Indian journal of veterinary science and animal husbandry - Volume 8,
Year: 1938
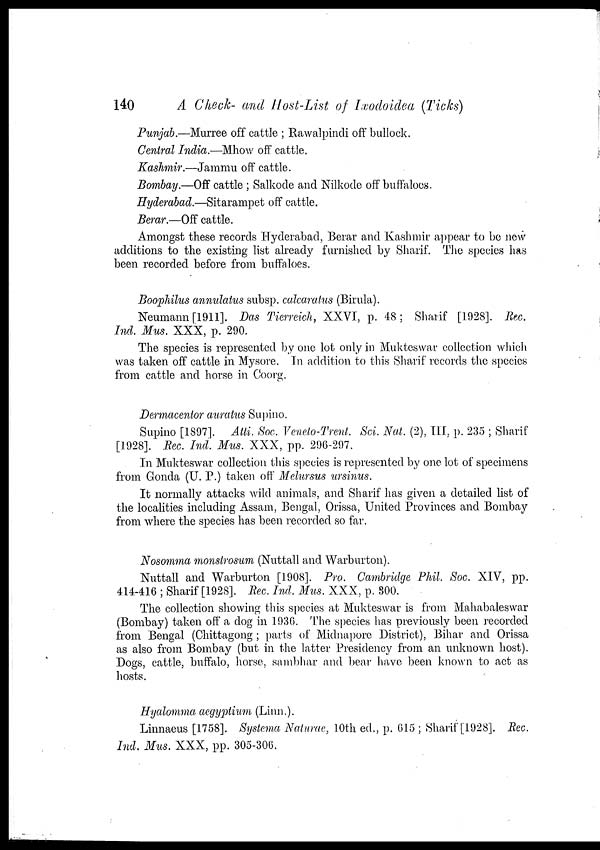
140
A Check- and Host-List of Ixodoidea (Ticks)
Punjab.—Murree off cattle ; Rawalpindi off bullock.
Central India.—Mhow off cattle.
Kashmir.—Jammu off cattle.
Bombay.—Off cattle ; Salkode and Nilkode off buffaloes.
Hyderabad.—Sitarampet off cattle.
Berar.—Off cattle.
Amongst these records Hyderabad, Berar and Kashmir appear to be new
additions to the existing list already furnished by Sharif. The species has
been recorded before from buffaloes.
Boophilus annulatus subsp. calcaratus (Birula).
Neumann [1911]. Das Tierreich, XXVI, p. 48; Sharif [1928]. Rec.
Ind. Mus. XXX, p. 290.
The species is represented by one lot only in Mukteswar collection which
was taken off cattle in Mysore. In addition to this Sharif records the species
from cattle and horse in Coorg.
Dermacentor auratus Supino.
Supino [1897]. Atti. Soc. Veneto-Trent. Sci. Nat. (2), III, p. 235 ; Sharif
[1928]. Rec. Ind. Mus. XXX, pp. 296-297.
In Mukteswar collection this species is represented by one lot of specimens
from Gonda (U. P.) taken off Melursus ursinus.
It normally attacks wild animals, and Sharif has given a detailed list of
the localities including Assam, Bengal, Orissa, United Provinces and Bombay
from where the species has been recorded so far.
Nosomma monstrosum (Nuttall and Warburton).
Nuttall and Warburton [1908]. Pro. Cambridge Phil. Soc. XIV, pp.
414-416 ; Sharif [1928]. Rec. Ind. MUS. XXX, p. 300.
The collection showing this species at Mukteswar is from Mahabaleswar
(Bombay) taken off a dog in 1936. The species has previously been recorded
from Bengal (Chittagong ; parts of Midnapore District), Bihar and Orissa
as also from Bombay (but in the latter Presidency from an unknown host).
Dogs, cattle, buffalo, horse, sambhar and bear have been known to act as
hosts.
Hyalomma aegyptium (Linn.).
Linnaeus [1758]. Systema Naturae, 10th ed., p. 615 ; Sharif [1928]. Rec.
Ind. Mus. XXX, pp. 305-306.